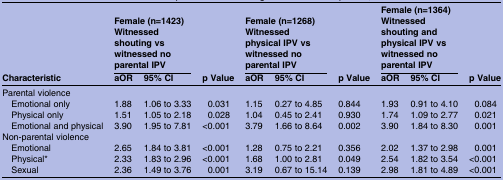
<table><thead><tr><td rowspan="2"><b>Characteristic</b></td><td colspan="2"><b>Female (n=1423)Witnessed shouting vs witnessed no parental IPV</b></td><td rowspan="2"><b>p Value</b></td><td colspan="2"><b>Female (n=1268)Witnessed physical IPV vs witnessed no parental IPV</b></td><td rowspan="2"><b>p Value</b></td><td colspan="2"><b>Female (n=1364)Witnessed shouting and physical IPV vs witnessed no parental IPV</b></td><td rowspan="2"><b>p Value</b></td></tr><tr><td><b>aOR</b></td><td><b>95% CI</b></td><td><b>aOR</b></td><td><b>95% CI</b></td><td><b>aOR</b></td><td><b>95% CI</b></td></tr></thead><tbody><tr><td colspan="10">Parental violence</td></tr><tr><td> Emotional only</td><td>1.88</td><td>1.06 to 3.33</td><td>0.031</td><td>1.15</td><td>0.27 to 4.85</td><td>0.844</td><td>1.93</td><td>0.91 to 4.10</td><td>0.084</td></tr><tr><td> Physical only</td><td>1.51</td><td>1.05 to 2.18</td><td>0.028</td><td>1.04</td><td>0.45 to 2.41</td><td>0.930</td><td>1.74</td><td>1.09 to 2.77</td><td>0.021</td></tr><tr><td> Emotional and physical</td><td>3.90</td><td>1.95 to 7.81</td><td>&lt;0.001</td><td>3.79</td><td>1.66 to 8.64</td><td>0.002</td><td>3.90</td><td>1.84 to 8.30</td><td>0.001</td></tr><tr><td colspan="10">Non-parental violence</td></tr><tr><td> Emotional</td><td>2.65</td><td>1.84 to 3.81</td><td>&lt;0.001</td><td>1.28</td><td>0.75 to 2.21</td><td>0.356</td><td>2.02</td><td>1.37 to 2.98</td><td>0.001</td></tr><tr><td> Physical*</td><td>2.33</td><td>1.83 to 2.96</td><td>&lt;0.001</td><td>1.68</td><td>1.00 to 2.81</td><td>0.049</td><td>2.54</td><td>1.82 to 3.54</td><td>&lt;0.001</td></tr><tr><td> Sexual</td><td>2.36</td><td>1.49 to 3.76</td><td>0.001</td><td>3.19</td><td>0.67 to 15.14</td><td>0.139</td><td>2.98</td><td>1.81 to 4.89</td><td>&lt;0.001</td></tr></tbody></table>